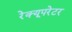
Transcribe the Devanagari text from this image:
रेक्यूपरेटर